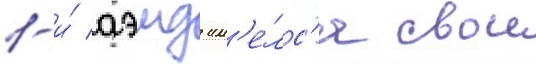
1-и́ аэмд им'е́лс'я свои